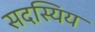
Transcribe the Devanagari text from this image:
सदस्यिय